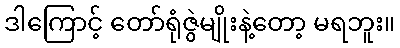
ဒါကြောင့် တော်ရုံဇွဲမျိုးနဲ့တော့ မရဘူး။